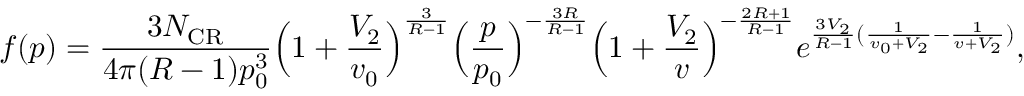
f ( p ) = \frac { 3 N _ { \mathrm { C R } } } { 4 \pi ( R - 1 ) p _ { 0 } ^ { 3 } } \Big ( 1 + \frac { V _ { 2 } } { v _ { 0 } } \Big ) ^ { \frac { 3 } { R - 1 } } \Big ( \frac { p } { p _ { 0 } } \Big ) ^ { - \frac { 3 R } { R - 1 } } \Big ( 1 + \frac { V _ { 2 } } { v } \Big ) ^ { - \frac { 2 R + 1 } { R - 1 } } e ^ { \frac { 3 V _ { 2 } } { R - 1 } ( \frac { 1 } { v _ { 0 } + V _ { 2 } } - \frac { 1 } { v + V _ { 2 } } ) } ,